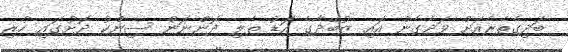
ބަދިގެތެރެއަށް ވަދެގެން އައި ޒުބޭދާގެ އަޑު ތެލި ދޮންނަން ސިންކު ދޮށުގައި ހުރި